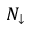
N _ { \downarrow }